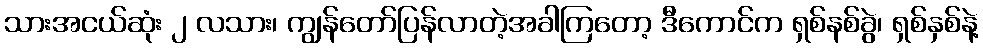
သားအငယ်ဆုံး ၂ လသား၊ ကျွန်တော်ပြန်လာတဲ့အခါကြတော့ ဒီကောင်က ရှစ်နစ်ခွဲ၊ ရှစ်နှစ်နဲ့